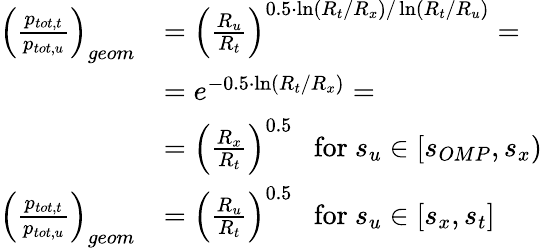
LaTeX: \begin{array}{rl}{\left(\frac{p_{tot,t}}{p_{tot,u}}\right)_{geom}}&{=\left(\frac{R_{u}}{R_{t}}\right)^{0.5\cdot\ln(R_{t}/R_{x})/\ln(R_{t}/R_{u})}=}\\ {~}&{=e^{-0.5\cdot\ln(R_{t}/R_{x})}=}\\ {~}&{=\left(\frac{R_{x}}{R_{t}}\right)^{0.5}~~\mathrm{~for~}s_{u}\in[s_{OMP},s_{x})}\\ {\left(\frac{p_{tot,t}}{p_{tot,u}}\right)_{geom}}&{=\left(\frac{R_{u}}{R_{t}}\right)^{0.5}~~\mathrm{~for~}s_{u}\in[s_{x},s_{t}]}\end{array}